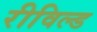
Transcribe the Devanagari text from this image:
रीविल्ड